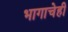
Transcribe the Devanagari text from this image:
भागाचेही